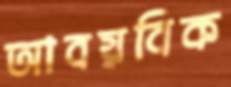
আবয়বিক